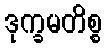
ဒုက္ခမတိစ္စ